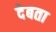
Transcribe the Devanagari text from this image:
देबता